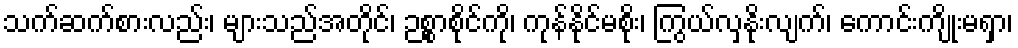
သက်ဆက်စားလည်း၊ များသည်အတိုင်၊ ဉစ္စာစိုင်ကို၊ ကုန်နိုင်မစိုး၊ ကြွယ်လှနိုးလျက်၊ ကောင်းကျိုးမရှာ၊